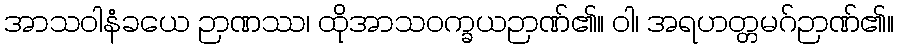
အာသဝါနံခယေ ဉာဏဿ၊ ထိုအာသဝက္ခယဉာဏ်၏။ ဝါ၊ အရဟတ္တမဂ်ဉာဏ်၏။